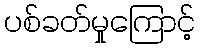
ပစ်ခတ်မှုကြောင့်